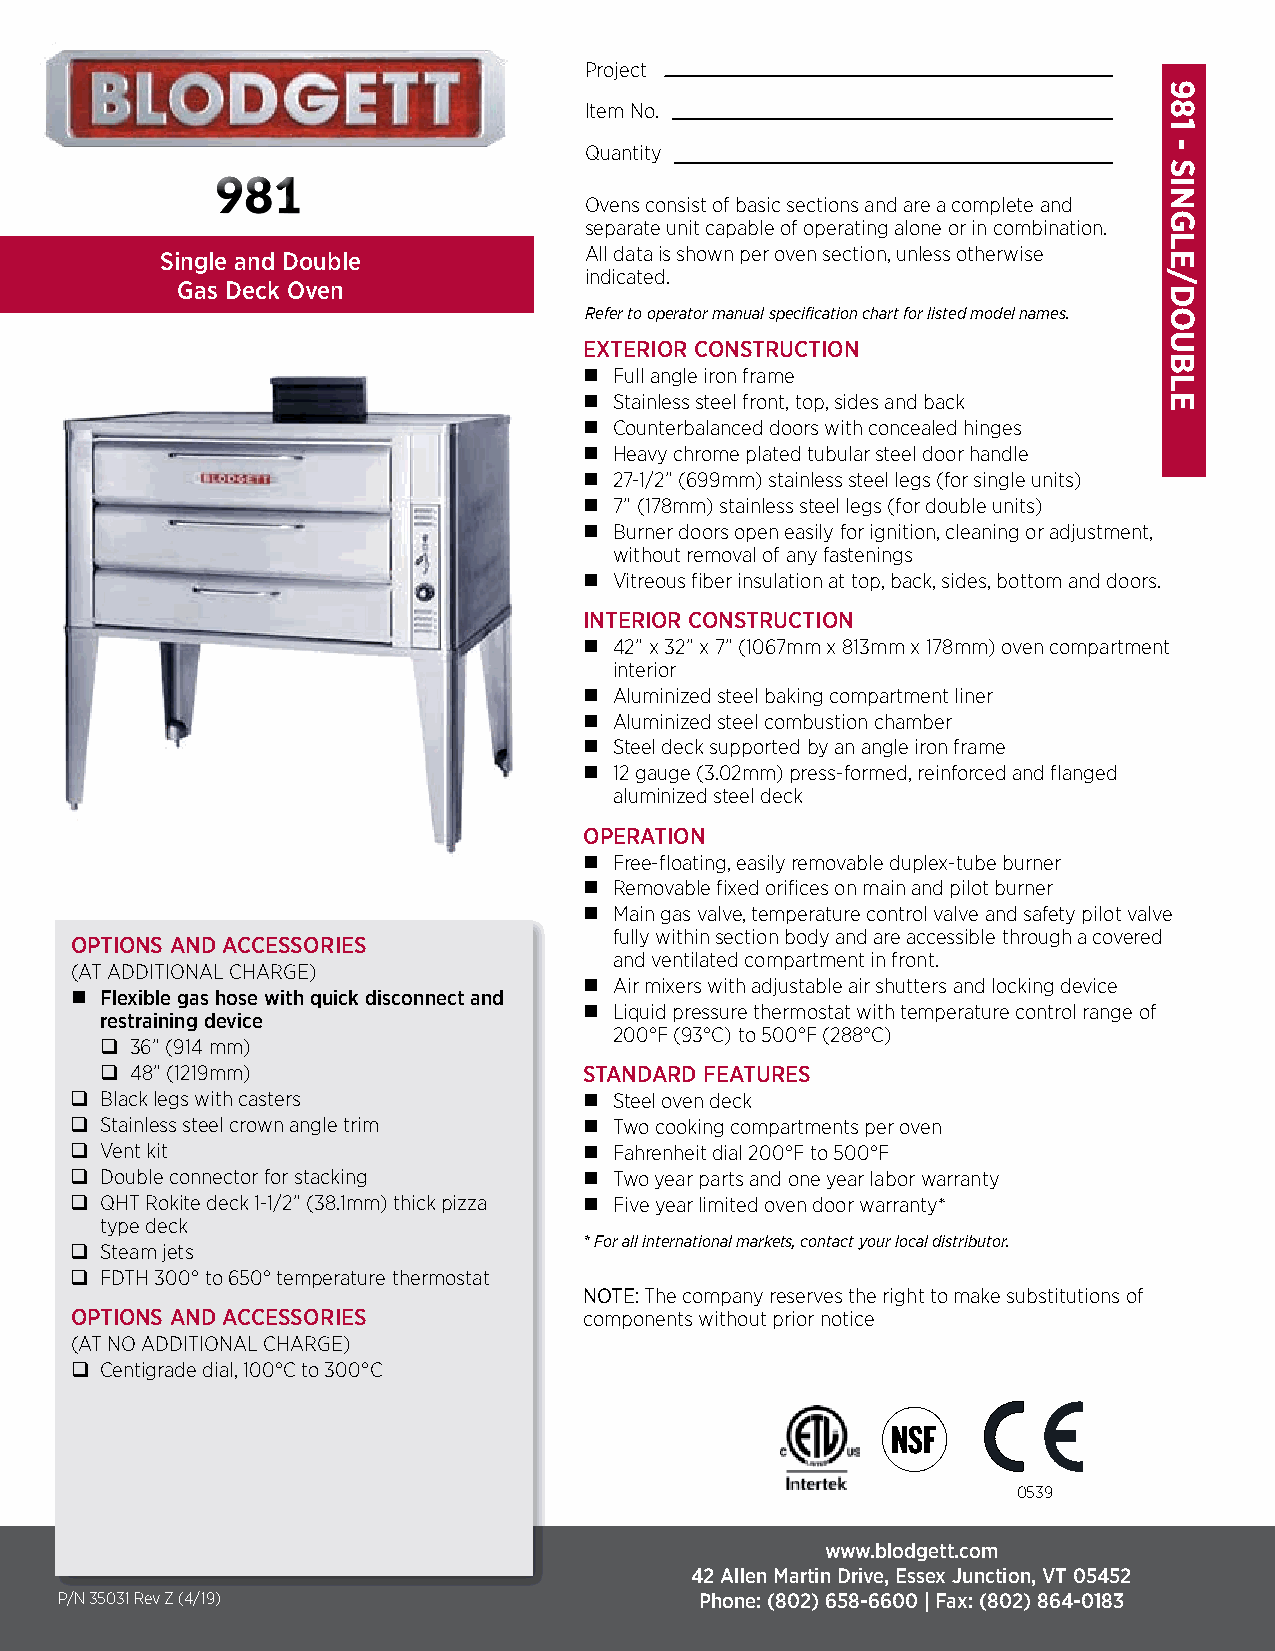
Project
 Item No.
 Quantity
 Ovens consist of basic sections and are a complete and
 separate unit capable of operating alone or in combination.
 All data is shown per oven section, unless otherwise
 Single and Double
 indicated.
 Gas Deck Oven
 Refer to operator manual specification chart for listed model names.
 EXTERIOR CONSTRUCTION
  Full angle iron frame
  Stainless steel front, top, sides and back
  Counterbalanced doors with concealed hinges
  Heavy chrome plated tubular steel door handle
  27-1/2” (699mm) stainless steel legs (for single units)
  7” (178mm) stainless steel legs (for double units)
  Burner doors open easily for ignition, cleaning or adjustment,
 without removal of any fastenings
  Vitreous fiber insulation at top, back, sides, bottom and doors.
 INTERIOR CONSTRUCTION
  42” x 32” x 7” (1067mm x 813mm x 178mm) oven compartment
 interior
  Aluminized steel baking compartment liner
  Aluminized steel combustion chamber
  Steel deck supported by an angle iron frame
  12 gauge (3.02mm) press-formed, reinforced and flanged
 aluminized steel deck
 OPERATION
  Free-floating, easily removable duplex-tube burner
  Removable fixed orifices on main and pilot burner
  Main gas valve, temperature control valve and safety pilot valve
 fully within section body and are accessible through a covered
 OPTIONS AND ACCESSORIES
 and ventilated compartment in front.
 (AT ADDITIONAL CHARGE)
  Air mixers with adjustable air shutters and locking device
  Flexible gas hose with quick disconnect and
  Liquid pressure thermostat with temperature control range of
 restraining device
 200°F (93°C) to 500°F (288°C)
  36” (914 mm)
  48” (1219mm)                  STANDARD FEATURES
  Black legs with casters          Steel oven deck
  Stainless steel crown angle trim  Two cooking compartments per oven
  Vent kit                         Fahrenheit dial 200°F to 500°F
  Double connector for stacking    Two year parts and one year labor warranty
  QHT Rokite deck 1-1/2” (38.1mm) thick pizza  Five year limited oven door warranty*
 type deck
 * For all international markets, contact your local distributor.
  Steam jets
  FDTH 300° to 650° temperature thermostat
 NOTE: The company reserves the right to make substitutions of
 OPTIONS AND ACCESSORIES           components without prior notice
 (AT NO ADDITIONAL CHARGE)
  Centigrade dial, 100°C to 300°C
 0539
 www.blodgett.com
 42 Allen Martin Drive, Essex Junction, VT 05452
 P/N 35031 Rev Z (4/19)                    Phone: (802) 658-6600 ̵ Fax: (802) 864-0183
 981
 -
 SINGLE/DOUBLE